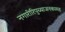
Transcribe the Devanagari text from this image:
नगारीरिपुच्याजनकासह